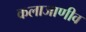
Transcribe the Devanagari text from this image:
कलाजाणीव